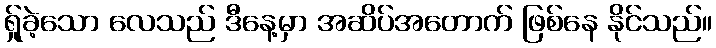
ရ်ှုခဲ့သော လေသည် ဒီနေ့မှာ အဆိပ်အတောက် ဖြစ်နေ နိုင်သည်။